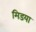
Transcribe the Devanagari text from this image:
मिडया